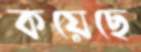
কয়েছে